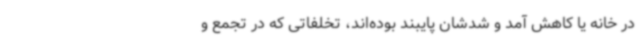
در خانه یا کاهش آمد و شدشان پایبند بوده‌اند، تخلفاتی که در تجمع و